Report on vaccination in the Province of Bengal - 1869-1873
Year: 1869
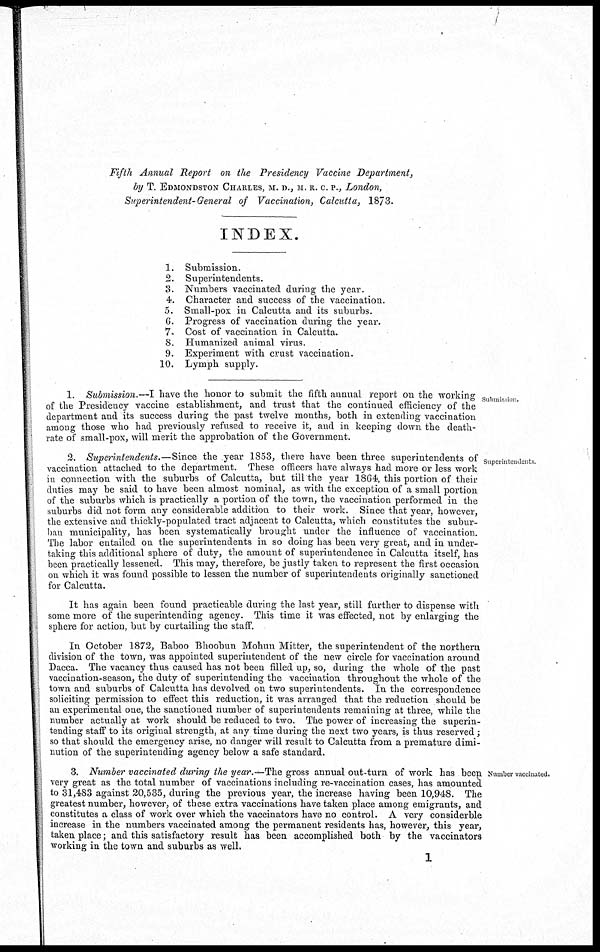
Fifth Annual Report on the Presidency Vaccine Department,
by T. EDMONDSTON CHARLES, M. D., M. R. C. P., London,
Superintendent-General of Vaccination, Calcutta, 1873.
INDEX.
1.
2.
3.
4.
5.
6.
7.
8.
9.
10.
Submission.
Superintendents.
Numbers vaccinated during the year.
Character and success of the vaccination.
Small-pox in Calcutta and its suburbs.
Progress of vaccination during the year.
Cost of vaccination in Calcutta.
Humanized animal virus.
Experiment with crust vaccination.
Lymph supply.
Submission.
1. Submission.—I have the honor to submit the fifth annual report on the working
of the Presidency vaccine establishment, and trust that the continued efficiency of the
department and its success during the past twelve months, both in extending vaccination
among those who had previously refused to receive it, and in keeping down the death-
rate of small-pox, will merit the approbation of the Government.
Superintendents
2. Superintendents.—Since the year 1853, there have been three superintendents of
vaccination attached to the department. These officers have always had more or less work
in. connection with the suburbs of Calcutta, but till the year 1864, this portion of their
duties may be said to have been almost nominal, as with the exception of a small portion
of the suburbs which is practically a portion of the town, the vaccination performed in the
suburbs did not form any considerable addition to their work. Since that year, however,
the extensive and thickly-populated tract adjacent to Calcutta, which constitutes the subur-
ban municipality, has been systematically brought under the influence of vaccination.
The labor entailed on the superintendents in so doing has been very great, and in under-
taking this additional sphere of duty, the amount of superintendence in Calcutta itself, has
been practically lessened. This may, therefore, be justly taken to represent the first occasion
on which it was found possible to lessen the number of superintendents originally sanctioned
for Calcutta.
It has again been found practicable during the last year, still further to dispense with
some more of the superintending agency. This time it was effected, not by enlarging the
sphere for action, but by curtailing the staff.
In October 1872, Baboo Bhoobun Mohun Mitter, the superintendent of the northern
division of the town, was appointed superintendent of the new circle for vaccination around
Dacca. The vacancy thus caused has not been filled up, so, during the whole of the past
vaccination-season, the duty of superintending the vaccination throughout the whole of the
town and suburbs of Calcutta has devolved on two superintendents. In the correspondence
soliciting permission to effect this reduction, it was arranged that the reduction should be
an experimental one, the sanctioned number of superintendents remaining at three, while the
number actually at work should be reduced to two. The power of increasing the superin-
tending staff to its original strength, at any time during the next two years, is thus reserved;
so that should the emergency arise, no danger will result to Calcutta from a premature dimi-
nution of the superintending agency below a safe standard.
Number vaccinated.
3. Number vaccinated during the year.—The gross annual out-turn of work has been
very great as the total number of vaccinations including re-vaccination cases, has amounted
to 31,483 against 20,535, during the previous year, the increase having been 10,948. The
greatest number, however, of these extra vaccinations have taken place among emigrants, and
constitutes a class of work over which the vaccinators have no control. A very considerble
increase in the numbers vaccinated among the permanent residents has, however, this year,
taken place; and this satisfactory result has been accomplished both by the vaccinators
working in the town and suburbs as well.
1